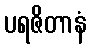
ပရဇိတာနံ